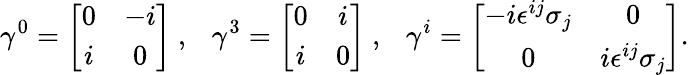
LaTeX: \gamma^{0}=\left[\begin{array}{cc}{{0}}&{{-i}}\\ {{i}}&{{0}}\end{array}\right]~,~~~\gamma^{3}=\left[\begin{array}{cc}{{0}}&{{i}}\\ {{i}}&{{0}}\end{array}\right]~,~~~\gamma^{i}=\left[\begin{array}{cc}{{-i\epsilon^{ij}\sigma_{j}}}&{{0}}\\ {{0}}&{{i\epsilon^{ij}\sigma_{j}}}\end{array}\right].